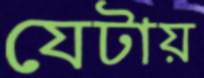
যেটায়